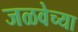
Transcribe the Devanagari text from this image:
जळवेच्या